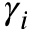
\gamma _ { i }